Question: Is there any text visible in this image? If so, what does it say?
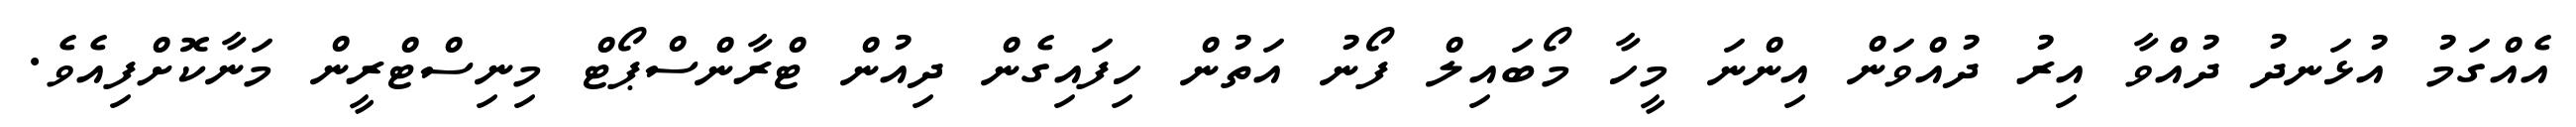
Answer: އެއްގަމު އުޅަނދު ދުއްވާ އިރު ދުއްވަން އިންނަ މީހާ މޯބައިލް ފޯނު އަތުން ހިފައިގެން ދިއުން ޓްރާންސްޕޯޓް މިނިސްޓްރީން މަނާކޮށްފިއެވެ.